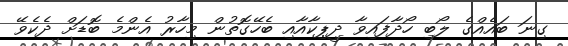
ގިނަ ބައެއްގެ ލޯބި ހޯދާފައިވާ ދީޕިކާއާއި ބެހޭގޮތުން މިހާރު އެންމެ ބޮޑަށް ދެކެވޭ